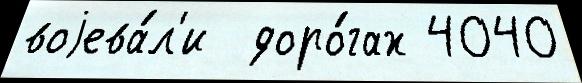
воjева́л'и  доро́гах 4040